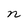
Character: n